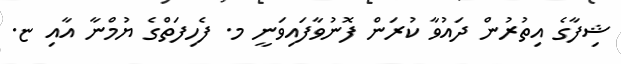
ޝިފާގެ އިތުރުން ދައުވާ ކުރަން ފޮނުވާފައިވަނީ މ. ފެހިފަތްގެ ޔުމްނާ އާއި ޏ.